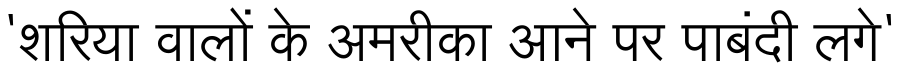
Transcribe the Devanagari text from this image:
'शरिया वालों के अमरीका आने पर पाबंदी लगे'